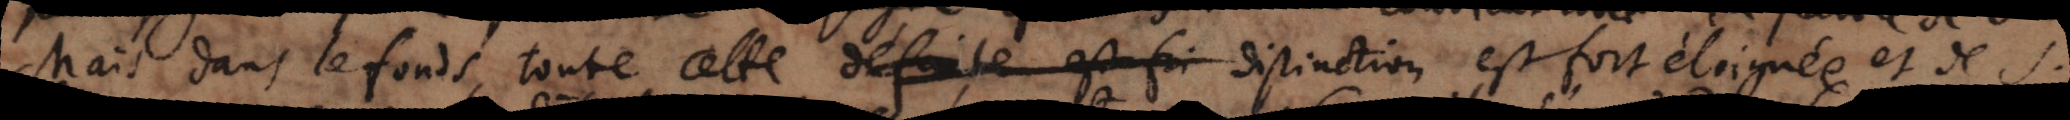
Mais dans le fonds toute cette distinction est fort éloignée et de S.